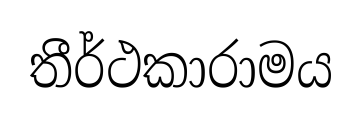
තීර්ථකාරාමය